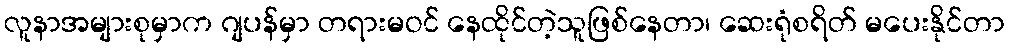
လူနာအများစုမှာက ဂျပန်မှာ တရားမဝင် နေထိုင်တဲ့သူဖြစ်နေတာ၊ ဆေးရုံစရိတ် မပေးနိုင်တာ